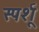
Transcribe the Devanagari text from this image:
स्पर्शू